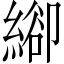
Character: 𦃁